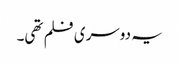
یہ دوسری فلم تھی۔